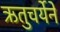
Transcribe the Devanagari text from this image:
ऋतुचर्येने